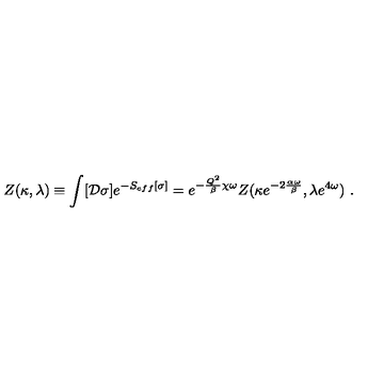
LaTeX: Z ( \kappa , \lambda ) \equiv \int [ { \cal D } \sigma ] e ^ { - S _ { e f f } [ \sigma ] } = e ^ { - { \frac { Q ^ { 2 } } { \beta } } \chi \omega } Z ( \kappa e ^ { - 2 { \frac { \alpha \omega } { \beta } } } , \lambda e ^ { 4 \omega } ) \ .